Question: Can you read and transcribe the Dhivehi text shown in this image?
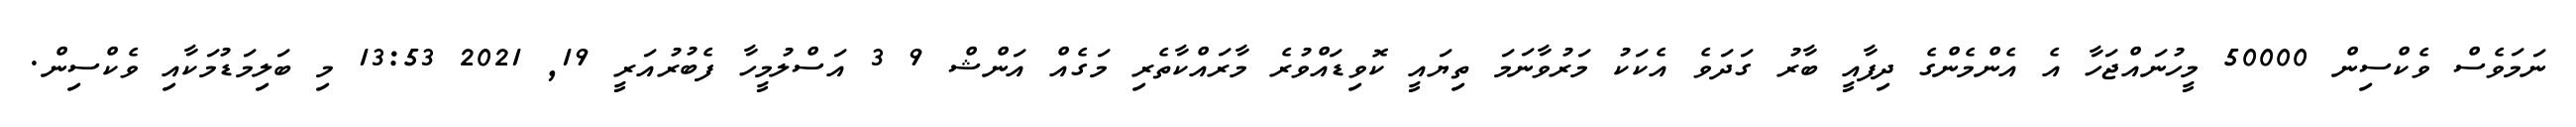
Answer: ނަމަވެސް ވެކްސިން 50000 މީހުނައްޖަހާ އެ އެންމެންގެ ދިފާއީ ބާރު ގަދަވެ އެކަކު މަރުވާނަމަ ތިޔައީ ކޮވިޑައްވުރެ މާރައްކާތެރި މަގެއް އަންޝް 9 3 އަސްލުމީހާ ފެބުރުއަރީ 19, 2021 13:53 މި ބަލިމަޑުމަކާއި ވެކްސިން.